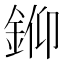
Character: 𨦪